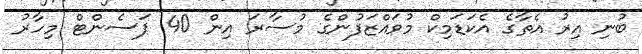
ބުނި އިރު އެތާގެ އެކަޑަމިކް މުވައްޒަފުންގެ މުސާރަ އިން 40 ޕަސެންޓް މިހާރު